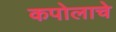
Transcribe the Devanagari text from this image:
कपोलाचे